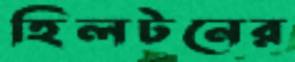
হিলটনের